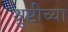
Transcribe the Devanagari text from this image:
श्रुष्टीच्या